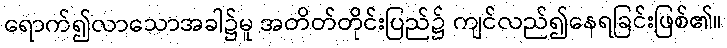
ရောက်၍လာသောအခါ၌မူ အတိတ်တိုင်းပြည်၌ ကျင်လည်၍နေရခြင်းဖြစ်၏။